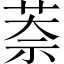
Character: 萘